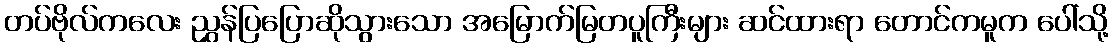
တပ်ဗိုလ်ကလေး ညွှန်ပြပြောဆိုသွားသော အမြောက်မြတပူကြီးများ ဆင်ထားရာ တောင်ကမူက ပေါ်သို့